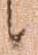
候